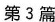
第3篇